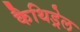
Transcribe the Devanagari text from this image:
कैथिड्रेल